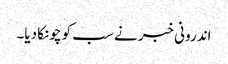
اندرونی خبر نے سب کو چونکا دیا۔